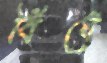
বিঁধে